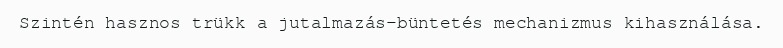
Szintén hasznos trükk a jutalmazás-büntetés mechanizmus kihasználása.